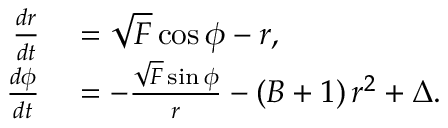
\begin{array} { r l } { \frac { d r } { d t } } & { { } = \sqrt { F } \cos { \phi } - r , } \\ { \frac { d \phi } { d t } } & { { } = - \frac { \sqrt { F } \sin { \phi } } { r } - \left( B + 1 \right) r ^ { 2 } + \Delta . } \end{array}